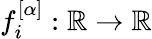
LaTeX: f_{i}^{[\alpha]}:\mathbb{R}\rightarrow\mathbb{R}